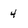
Character: 4